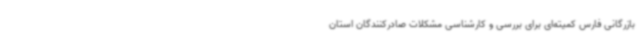
بازرگانی فارس کمیته‌ای برای بررسی و کارشناسی مشکلات صادرکنندگان استان